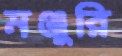
মঞ্জুরি